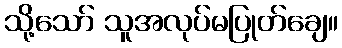
သို့သော် သူအလုပ်မပြုတ်ချေ။